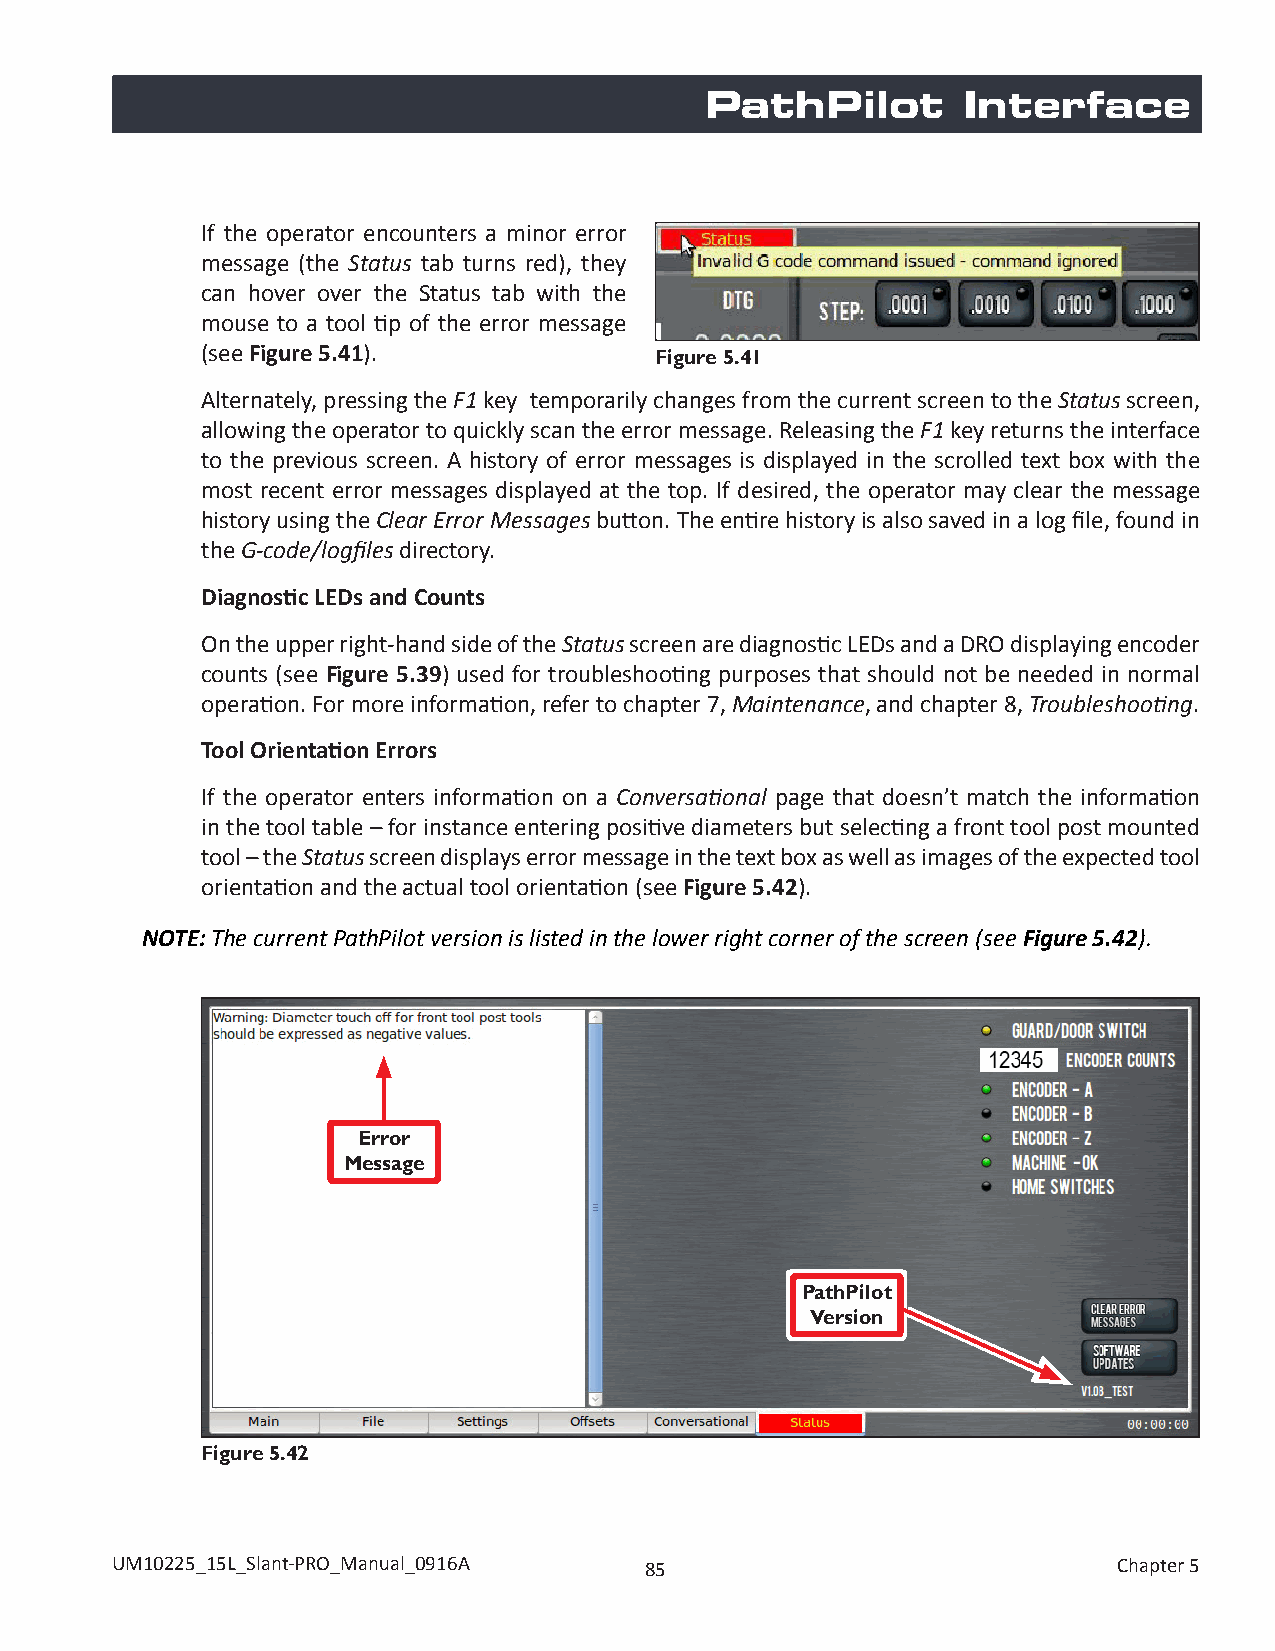
PathPilot        Interface
 If the operator encounters a minor error
 message (the Status tab turns red), they
 can hover over the Status tab with the
 mouse to a tool tip of the error message
 (see Figure 5.41).            Figure 5.41
 Alternately, pressing the F1 key temporarily changes from the current screen to the Status screen,
 allowing the operator to quickly scan the error message. Releasing the F1 key returns the interface
 to the previous screen. A history of error messages is displayed in the scrolled text box with the
 most recent error messages displayed at the top. If desired, the operator may clear the message
 history using the Clear Error Messages button. The entire history is also saved in a log file, found in
 the G-code/logfiles directory.
 Diagnostic LEDs and Counts
 On the upper right-hand side of the Status screen are diagnostic LEDs and a DRO displaying encoder
 counts (see Figure 5.39) used for troubleshooting purposes that should not be needed in normal
 operation. For more information, refer to chapter 7, Maintenance, and chapter 8, Troubleshooting.
 Tool Orientation Errors
 If the operator enters information on a Conversational page that doesn’t match the information
 in the tool table – for instance entering positive diameters but selecting a front tool post mounted
 tool – the Status screen displays error message in the text box as well as images of the expected tool
 orientation and the actual tool orientation (see Figure 5.42).
 NOTE: The current PathPilot version is listed in the lower right corner of the screen (see Figure 5.42).
 Error
 Message
 PathPilot
 Version
 Figure 5.42
 UM10225_15L_Slant-PRO_Manual_0916A  85                             Chapter 5